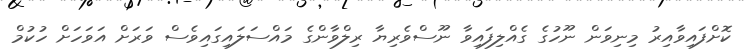
ކޮށްފައިވާއިރު މިނިވަން ނޫހުގެ ގެއްލިފައިވާ ނޫސްވެރިޔާ ރިލްވާންގެ މައްސަލައިގައިވެސް ވަރަށް އަވަހަށް ހުކުމް